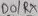
Text: D0/ RX